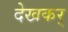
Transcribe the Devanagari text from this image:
देखकर्